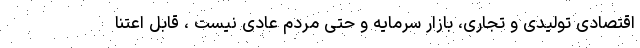
اقتصادی تولیدی و تجاری، بازار سرمایه و حتی مردم عادی نیست ، قابل اعتنا